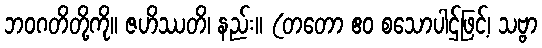
ဘဝဂတိတို့ကို။ ဇဟိဿတိ၊ နည်း။ (တတော ဧဝ စသောပါဌ်ဖြင့်၊ သဗ္ဗာ